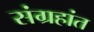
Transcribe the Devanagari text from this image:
संग्रहांत